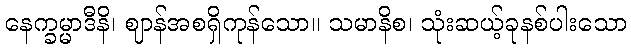
နေက္ခမ္မာဒီနိ၊ ဈာန်အစရှိကုန်သော။ သမာနိစ၊ သုံးဆယ့်ခုနစ်ပါးသော